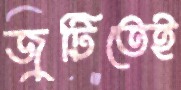
জুটিতেই